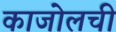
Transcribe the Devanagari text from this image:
काजोलची